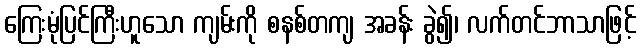
ကြေးမုံပြင်ကြီးဟူသော ကျမ်းကို စနစ်တကျ အခန်း ခွဲ၍၊ လက်တင်ဘာသာဖြင့်